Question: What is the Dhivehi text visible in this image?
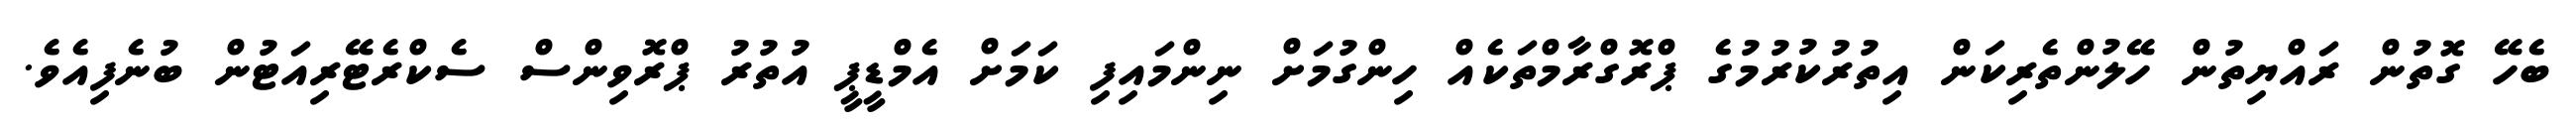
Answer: ބެހޭ ގޮތުން ރައްޔިތުން ހޭލުންތެރިކަން އިތުރުކުރުމުގެ ޕްރޮގްރާމްތަކެއް ހިންގުމަށް ނިންމައިފި ކަމަށް އެމްޑީޕީ އުތުރު ޕްރޮވިންސް ސެކްރެޓޭރިއަޓުން ބުނެފިއެވެ.